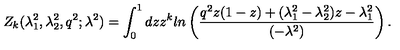
Z _ { k } ( \lambda _ { 1 } ^ { 2 } , \lambda _ { 2 } ^ { 2 } , q ^ { 2 } ; \lambda ^ { 2 } ) = \int _ { 0 } ^ { 1 } d z z ^ { k } l n \left( \frac { q ^ { 2 } z ( 1 - z ) + ( \lambda _ { 1 } ^ { 2 } - \lambda _ { 2 } ^ { 2 } ) z - \lambda _ { 1 } ^ { 2 } } { ( - \lambda ^ { 2 } ) } \right) .